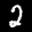
Label: 2